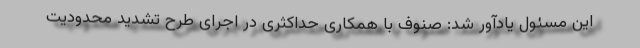
این مسئول یادآور شد: صنوف با همکاری حداکثری در اجرای طرح تشدید محدودیت